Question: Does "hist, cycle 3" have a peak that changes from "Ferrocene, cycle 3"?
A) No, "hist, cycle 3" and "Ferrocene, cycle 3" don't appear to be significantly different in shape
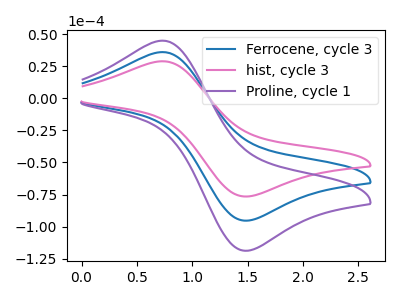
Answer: <think>The blue curve "Ferrocene, cycle 3" has an anodic peak at (0.70V, 36.20uA) and a cathodic peak at (1.50V, -95.40uA). The pink curve "hist, cycle 3" has an anodic peak at (0.70V, 29.05uA) and a cathodic peak at (1.50V, -76.55uA). The purple curve "Proline, cycle 1" has an anodic peak at (0.70V, 72.45uA) and a cathodic peak at (1.50V, -190.75uA).
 All the peaks in "hist, cycle 3" have a peak in "Ferrocene, cycle 3" at the same potential. Every peak in "hist, cycle 3" is lower than every peak in "Ferrocene, cycle 3".</think>
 <answer>A) No, "hist, cycle 3" and "Ferrocene, cycle 3" don't appear to be significantly different in shape</answer>
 <eval>A</eval>